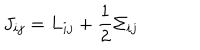
J _ { i j } = L _ { i j } + \frac { 1 } { 2 } \Sigma _ { i j }